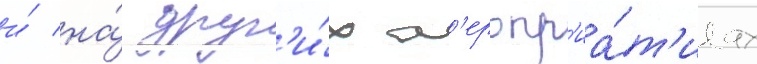
и́ на́ друг'и́х м'еропр'иа́т'иах